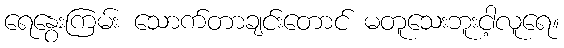
ရေနွေးကြမ်း သောက်တာချင်းတောင် မတူသေးဘူးငါ့လူရေ။